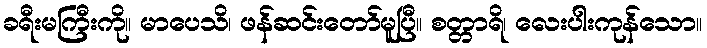
ခရီးမကြီးကို။ မာပေသိ၊ ဖန်ဆင်းတော်မူပြီ။ စတ္တာရိ၊ လေးပါးကုန်သော။